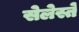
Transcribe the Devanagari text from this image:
सेलेस्ते